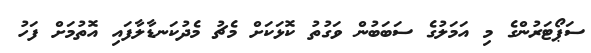
ސަޕޯޓަރުންގެ މި އަމަލުގެ ސަބަބުން ވަގުތު ކޮޅަކަށް މެޗު މެދުކަނޑާލާފައި އޮތުމަށް ފަހު